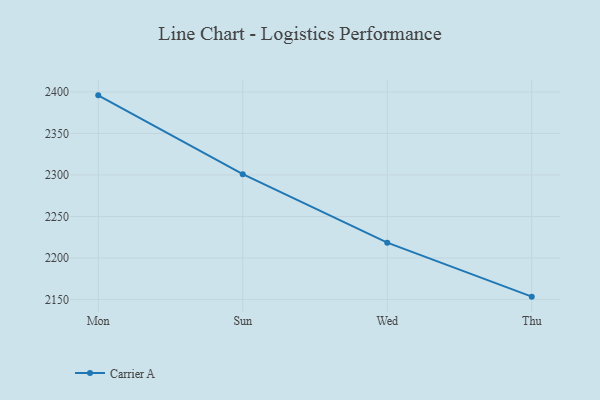
{"axis": {"x": "Day", "y": "Backlog"}, "legend": ["Carrier A"], "data": [{"x": "Mon", "y": 2395.9, "type": "Carrier A"}, {"x": "Sun", "y": 2301.0, "type": "Carrier A"}, {"x": "Wed", "y": 2218.4, "type": "Carrier A"}, {"x": "Thu", "y": 2153.4, "type": "Carrier A"}]}